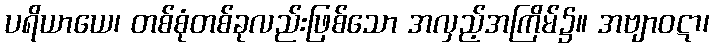
ပရိယာယေ၊ တစ်စုံတစ်ခုလည်းဖြစ်သော အလှည့်အကြိမ်၌။ အဗျာဝဋာ၊